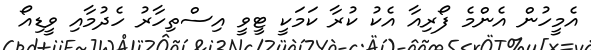
އެމީހުން އެންމެ ފޯރިއާ އެކު ކުރާ ކަމަކީ ޓީވީ އިސްތިހާރު ހެދުމާއި ވީޑިއޯ